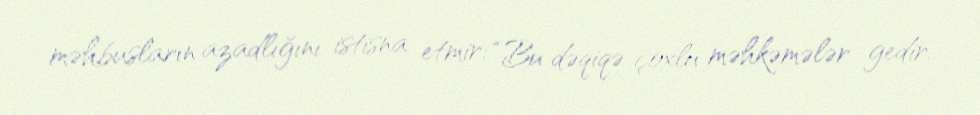
məhbusların azadlığını istisna etmir: “Bu dəqiqə çoxlu məhkəmələr gedir.